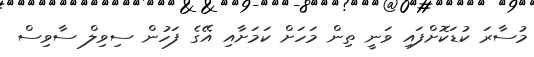
މުސާރަ ކުޑަކޮށްފައި ވަނީ ތިން މަހަށް ކަމަށާއި އޭގެ ފަހުން ސިވިލް ސާވިސް